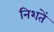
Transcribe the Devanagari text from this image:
निशतें